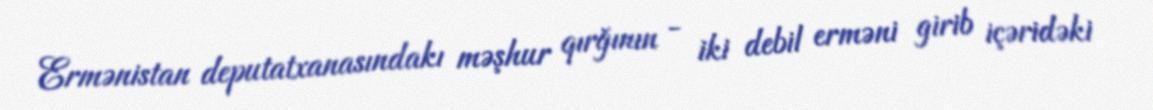
Ermənistan deputatxanasındakı məşhur qırğının - iki debil erməni girib içəridəki